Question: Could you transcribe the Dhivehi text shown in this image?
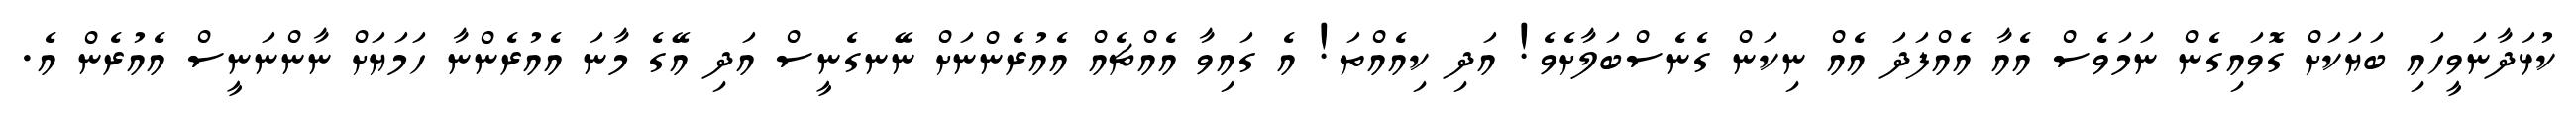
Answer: ކުޅަދާނަވީހައި ބަޔަކަށް ގޮވައިގެން ނަމަވެސް އެއާ އެއްފަދަ އެއް ނިކަން ގެނެސްބަލާށެވެ! އަދި ކިއެއްތަ! އެ ގައިވާ އެއްޗެއް އެއުރެންނަށް ނޭނގެނީސް އަދި އޭގެ މާނަ އެއުރެންނާ ހަމަޔަށް ނާންނަނީސް އެއުރެން އެ.